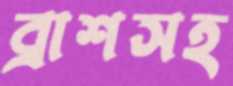
ব্রাশসহ